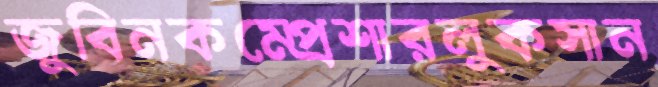
জুবিনকম্প্রেশারলুকসান